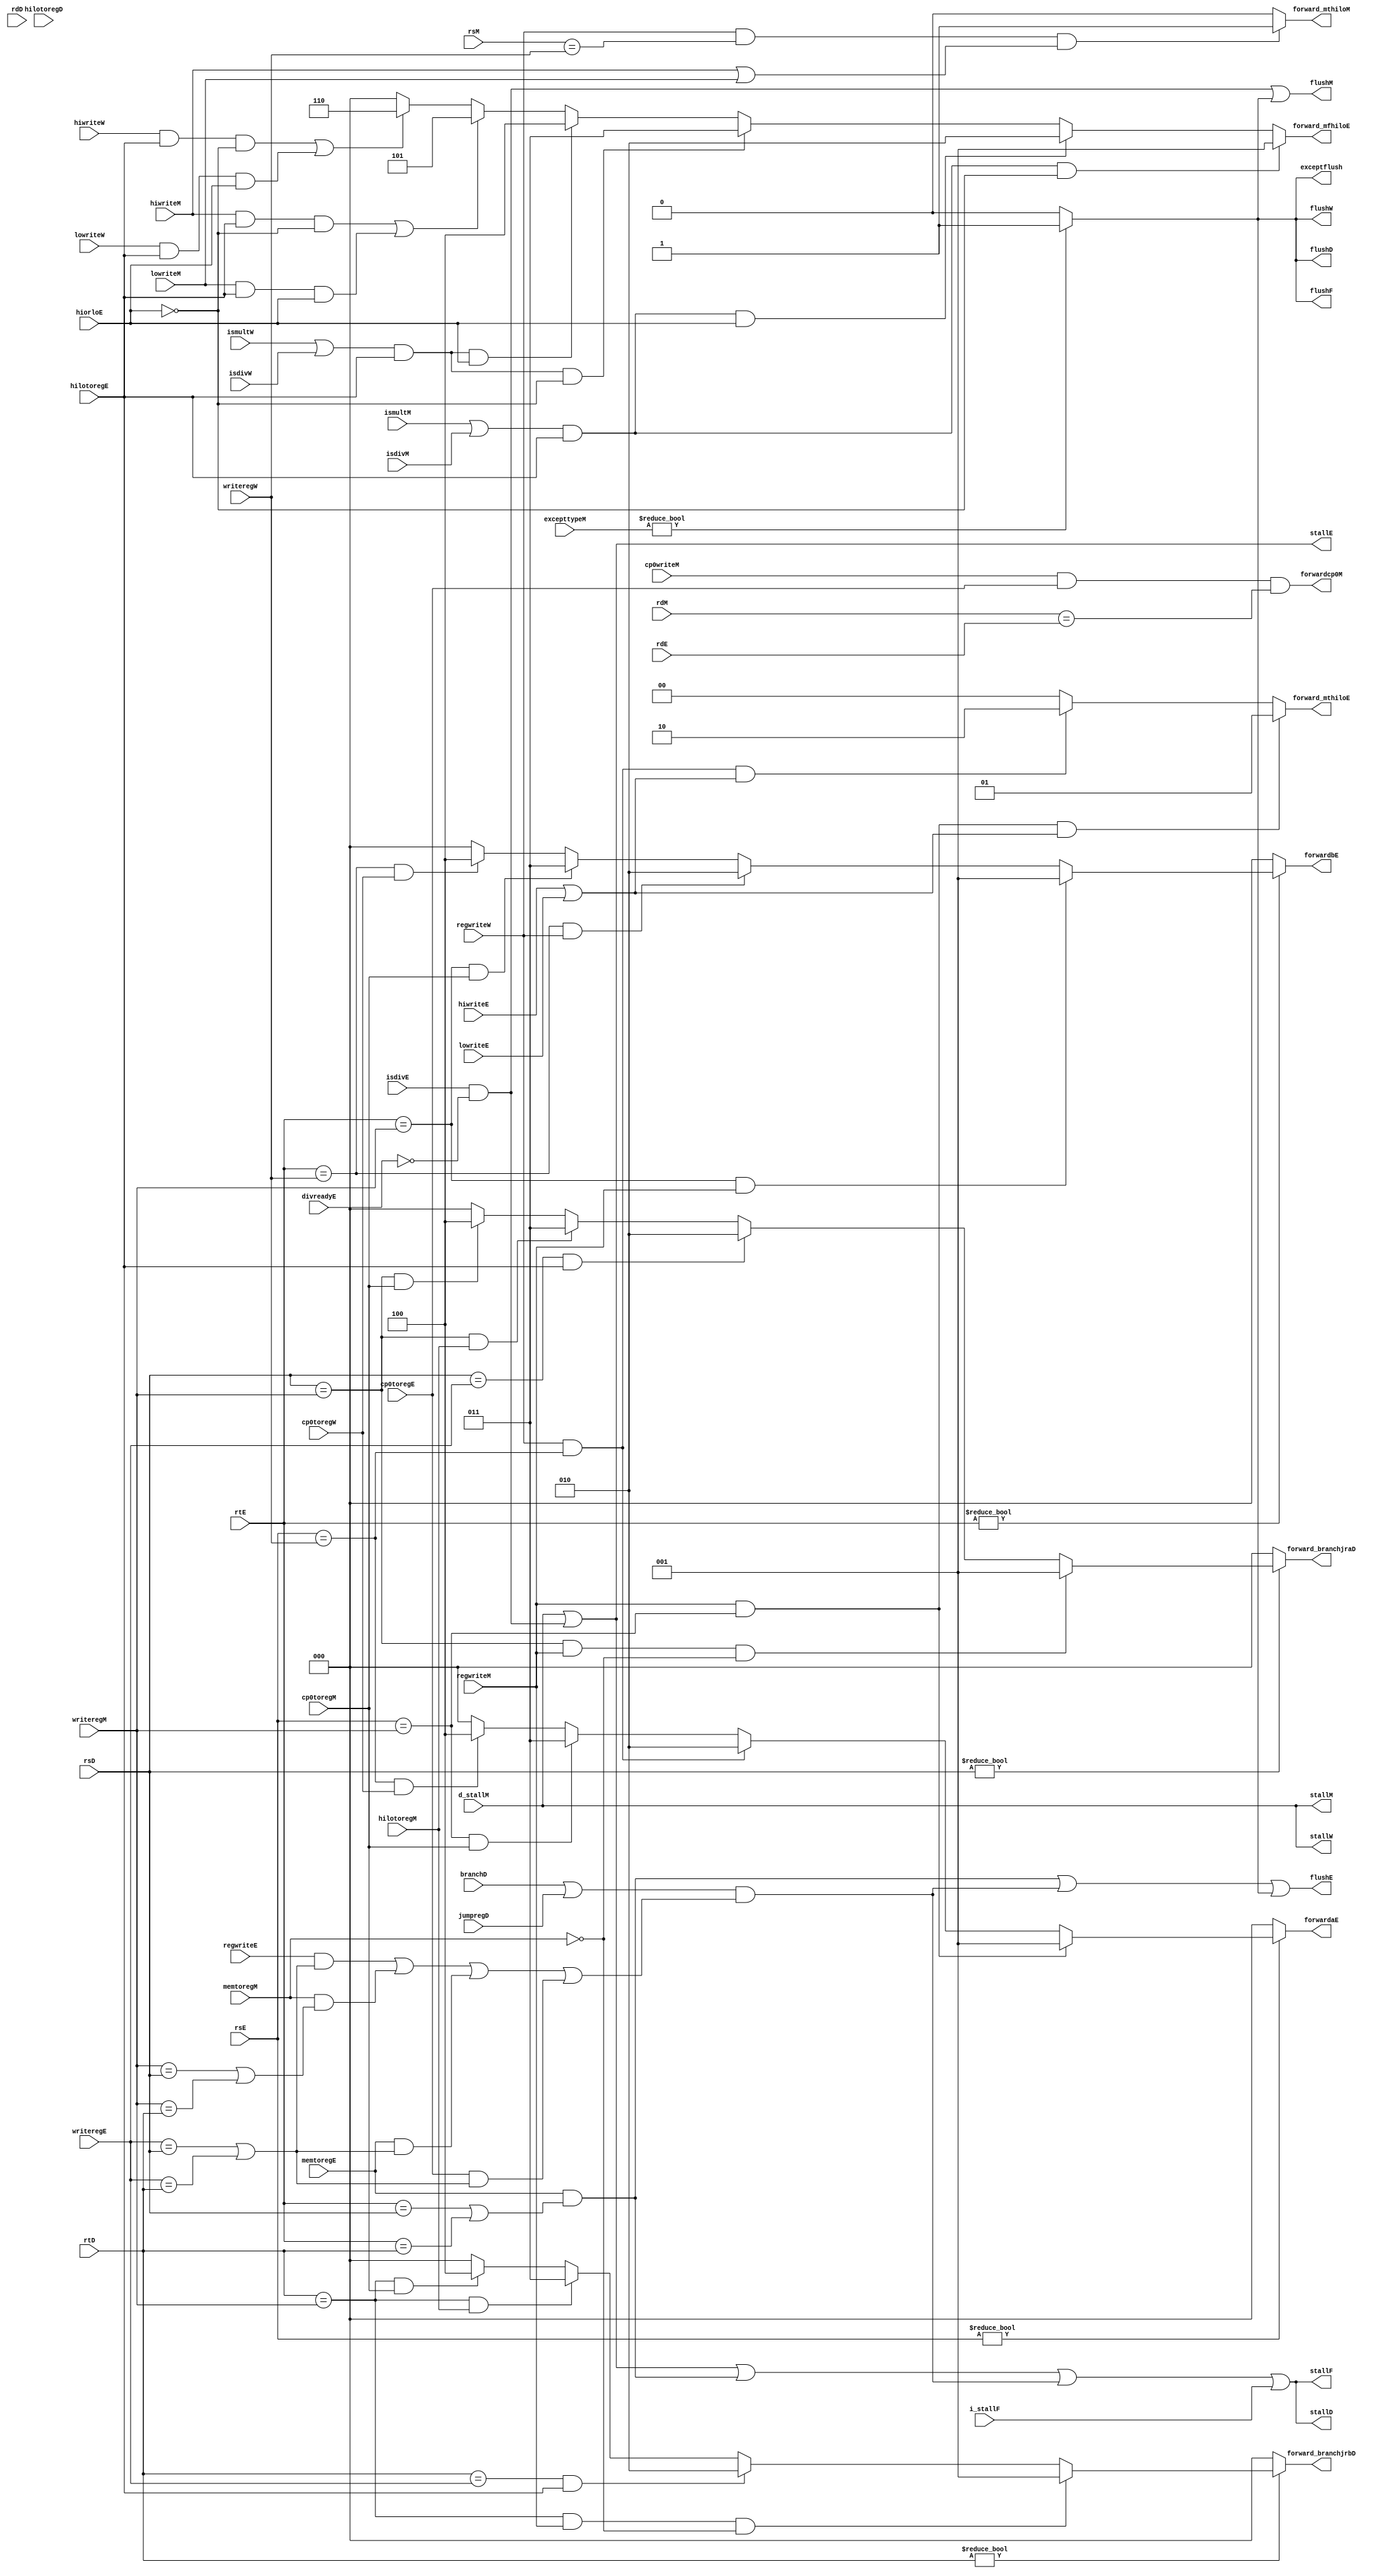
module hazard(
	// IF
	input	wire		i_stallF,
	output 	wire 		stallF, flushF,
	// ID
	input 	wire[4:0] 	rsD, rtD, rdD,
	input 	wire 		branchD, jumpregD,
	input	wire		hilotoregD,
	output 	reg	[2:0]	forward_branchjraD, forward_branchjrbD, 
	output 	wire 		stallD, flushD,
	// EX
	input 	wire[4:0] 	rsE, rtE, rdE,
	input 	wire[4:0] 	writeregE,
	input 	wire 		regwriteE, memtoregE,
	input	wire		isdivE, divreadyE,
	input	wire		hilotoregE, hiorloE, hiwriteE, lowriteE,
	input	wire		cp0toregE,
	output 	reg [2:0] 	forwardaE, forwardbE,
	output	reg [2:0]	forward_mfhiloE,
	output	reg [1:0]	forward_mthiloE,
	output 	wire 		stallE, flushE,
	// ME
	input	wire		d_stallM,
	input	wire[4:0]	rsM, rdM,
	input 	wire[4:0] 	writeregM,
	input 	wire 		regwriteM, memtoregM,
	input	wire		ismultM, isdivM,
	input	wire		hilotoregM, hiwriteM, lowriteM,
	input	wire		cp0toregM, cp0writeM,
	input	wire[31:0]	excepttypeM,
	output	reg			forward_mthiloM,
	output	wire		forwardcp0M,
	output	wire		stallM, flushM,
	// WB
	input 	wire[4:0] 	writeregW,
	input 	wire 		regwriteW,
	input	wire		ismultW, isdivW,
	input	wire		hiwriteW, lowriteW,
	input	wire		cp0toregW,
	output	wire		stallW, flushW,
	// except
	output	wire		exceptflush
    );

	wire 				lwstallD, branchjrstallD, mfhistallD, divstallE;
	
	// 1. ALU 的 RAW 数据冒险
		// (1) ADD, ADD/LW -- aluoutM (ME --> EX)
		//     ADD:    IF ID EX ME WB
		//     ADD/LW:    IF ID EX ME WB
		
		// (2) ADD/LW, x, ADD/LW -- resultW (WB --> EX)
		//     ADD/LW: IF ID EX ME WB
		//     x:         IF ID EX ME WB
		//     ADD/LW:       IF ID EX ME WB

		// (3) LW, ADD/LW -- lwstallD
		//     LW:     IF ID EX ME WB
		//     ADD/LW:    IF x  ID EX ME WB

		// (4) MFC0, ADD/LW -- cp0data2M (ME --> EX)
		//     MFC0:   IF ID EX ME WB
		//     ADD/LW:    IF ID EX ME WB

		// (5) MFC0, x, ADD/LW -- cp0data2W (WB --> EX)
		//     MFC0:   IF ID EX ME WB
		//     x:         IF ID EX ME WB
		//     ADD/LW:       IF ID EX ME WB
	always @(*) begin
		forwardaE = 3'b000;
		forwardbE = 3'b000;
		if (rsE != 0) begin
			if (rsE == writeregM & regwriteM) begin
				forwardaE = 3'b001;  // aluoutM
			end 
			else if (rsE == writeregW & regwriteW) begin
				forwardaE = 3'b010;  // resultW
			end
			else if (rsE == writeregM & cp0toregM) begin
				forwardaE = 3'b011;  // cp0data2M
			end
			else if (rsE == writeregW & cp0toregW) begin
				forwardaE = 3'b100;  // cp0data2W
			end
			else begin
				forwardaE = 3'b000;  // srcaE
			end
		end 
		if (rtE != 0) begin
			if (rtE == writeregM & regwriteM) begin
				forwardbE = 3'b001;  // aluoutM
			end 
			else if (rtE == writeregW & regwriteW) begin
				forwardbE = 3'b010;  // resultW
			end
			else if (rtE == writeregM & cp0toregM) begin
				forwardbE = 3'b011;  // cp0data2M
			end
			else if (rtE == writeregW & cp0toregW) begin
				forwardbE = 3'b100;  // cp0data2W
			end
			else begin
				forwardbE = 3'b000;  // srcbE
			end
		end
	end

	assign lwstallD = memtoregE & (rtE == rsD | rtE == rtD);

	// 2. eqcmp 与 JR 的 RAW 数据冒险
		// (1) ADD, x, BEQ/JR -- aluoutM (ME --> ID)
		//     ADD:    IF ID EX ME WB
		//     x:         IF ID EX ME WB
		//     BEQ/JR:       IF ID EX ME WB

		// (2) ADD, BEQ/JR -- branchjrstallD
		//     ADD:    IF ID EX ME WB
		//     BEQ/JR:    IF x  ID EX ME WB

		// (3) LW, x, BEQ/JR -- branchjrstallD
		//     LW:     IF ID EX ME WB
		//     x:         IF ID EX ME WB
		//     BEQ/JR:       IF x  ID EX ME WB

		// (4) LW, BEQ/JR -- branchjrstallD
		//     LW:     IF ID EX ME WB
		//     BEQ/JR:    IF x  x  ID EX ME WB

		// (5) MFHI, BEQ/JR -- hiloresultbE (EX --> ID)
		//     MFHI:   IF ID EX ME WB
		//     BEQ/JR:    IF ID EX ME WB

		// (6) MFHI, x, BEQ/JR -- hiloresultbM (ME --> ID)
		//     MFHI:   IF ID EX ME WB
		//     x:         IF ID EX ME WB
		//     BEQ/JR:       IF ID EX ME WB

		// (7) MFC0, x, BEQ/JR -- cp0data2M (ME --> ID)
		//     MFC0:   IF ID EX ME WB
		//     x:         IF ID EX ME WB
		//     BEQ/JR:       IF ID EX ME WB

		// (8) MFC0, BEQ/JR -- branchjrstallD
		//     MFC0:   IF ID EX ME WB
		//     BEQ/JR:    IF x  ID EX ME WB
	always @(*) begin
		forward_branchjraD = 3'b000;
		forward_branchjrbD = 3'b000;
		if (rsD != 0) begin
			if (rsD == writeregM & regwriteM & ~memtoregM) begin
				forward_branchjraD = 3'b001;  // aluoutM
			end
			else if (rsD == writeregE & hilotoregE) begin
				forward_branchjraD = 3'b010;  // hiloresultbE
			end
			else if (rsD == writeregM & hilotoregM) begin
				forward_branchjraD = 3'b011;  // hiloresultbM
			end
			else if (rsD == writeregM & cp0toregM) begin
				forward_branchjraD = 3'b100;  // cp0data2M
			end
			else begin
				forward_branchjraD = 3'b000;  // srcaD
			end
		end
		if (rtD != 0) begin
			if (rtD == writeregM & regwriteM & ~memtoregM) begin
				forward_branchjrbD = 3'b001;  // aluoutM
			end
			else if (rtD == writeregE & hilotoregE) begin
				forward_branchjrbD = 3'b010;  // hiloresultbE
			end
			else if (rtD == writeregM & hilotoregM) begin
				forward_branchjrbD = 3'b011;  // hiloresultbM
			end
			else if (rtD == writeregM & cp0toregM) begin
				forward_branchjrbD = 3'b100;  // cp0data2M
			end
			else begin
				forward_branchjrbD = 3'b000;  // srcbD
			end
		end
	end

	assign branchjrstallD = (
		(branchD | jumpregD) & (
			(regwriteE & (writeregE == rsD | writeregE == rtD)) |
			(memtoregM & (writeregM == rsD | writeregM == rtD)) |
			(memtoregE & (writeregE == rsD | writeregE == rtD)) |
			(cp0toregE & (writeregE == rsD | writeregE == rtD))
		)
	);

	// 4. MFHI 的数据冒险
		// (1) DIV, MFHI -- multdivresultM (ME --> EX)
		//     DIV:  IF ID EX ME WB
		//     MFHI:    IF ID EX ME WB

		// (2) DIV, x, MFHI -- multdivresultW (WB --> EX)
		//     DIV:  IF ID EX ME WB
		//     x:       IF ID EX ME WB
		//     MFHI:       IF ID EX ME WB

		// (3) MTHI, MFHI -- src_mthiloM (ME --> EX)
		//     MTHI: IF ID EX ME WB
		//     MFHI:    IF ID EX ME WB

		// (4) MTHI, x, MFHI -- src_mthiloW (WB --> EX)
		//     MTHI: IF ID EX ME WB
		//     x:       IF ID EX ME WB
		//     MFHI:       IF ID EX ME WB

		// (5) ADD/LW, x, MFHI -- mfhistallD
		//     ADD/LW: IF ID EX ME WB 
		//     x:         IF ID EX ME WB
		//     MFHI:         IF x  ID EX ME WB

		// (6) ADD/LW, MFHI -- mfhistallD
		//     ADD/LW: IF ID EX ME WB -- mfhistallD
		//     MFHI:      IF x  x  ID EX ME WB
	always @(*) begin
		forward_mfhiloE = 3'b000;
		if ((ismultM | isdivM) & hilotoregE & ~hiorloE) begin
			forward_mfhiloE = 3'b001;  // multdivresultM 高 32 位
		end
		else if ((ismultM | isdivM) & hilotoregE & hiorloE) begin
			forward_mfhiloE = 3'b010;  // multdivresultM 低 32 位
		end
		else if ((ismultW | isdivW) & hilotoregE & ~hiorloE) begin
			forward_mfhiloE = 3'b011;  // multdivresultW 高 32 位
		end
		else if ((ismultW | isdivW) & hilotoregE & hiorloE) begin
			forward_mfhiloE = 3'b100;  // multdivresultW 低 32 位
		end
		else if ((hiwriteM & hilotoregE & ~hiorloE) | (lowriteM & hilotoregE & hiorloE)) begin
			forward_mfhiloE = 3'b101;  // src_mthiloM
		end
		else if ((hiwriteW & hilotoregE & ~hiorloE) | (lowriteW & hilotoregE & hiorloE)) begin
			forward_mfhiloE = 3'b110;  // src_mthiloW
		end
		else begin
			forward_mfhiloE = 3'b000;  // hiloresultaE
		end
	end

	// assign mfhistallD = hilotoregD & (regwriteM | regwriteE) & (~isdivE);
	assign mfhistallD = 1'b0;

	// 5. MTHI 的数据冒险
		// (1) ADD, MTHI -- aluoutM (ME --> EX)
		//     ADD:  IF ID EX ME WB
		//     MTHI:    IF ID EX ME WB

		// (2) ADD, x, MTHI -- resultW (WB --> EX)
		//     ADD:  IF ID EX ME WB
		//     x:       IF ID EX ME WB
		//     MTHI:       IF ID EX ME WB

		// (3) LW, MTHI -- resultW (WB --> ME)
		//     LW:   IF ID EX ME WB
		//     MTHI:    IF ID EX ME WB

		// (4) LW, x, MTHI -- resultW (WB --> EX)
		//     LW:   IF ID EX ME WB
		//     x:       IF ID EX ME WB
		//     MTHI:       IF ID EX ME WB
	always @(*) begin
		forward_mthiloE = 2'b00;
		if (regwriteM & rsE == writeregM & (hiwriteE | lowriteE)) begin
			forward_mthiloE = 2'b01;  // aluoutM
		end
		else if (regwriteW & rsE == writeregW & (hiwriteE | lowriteE)) begin
			forward_mthiloE = 2'b10;  // resultW
		end
		else begin
			forward_mthiloE = 2'b00;  // srcaE
		end
	end

	always @(*) begin
		forward_mthiloM = 1'b0;
		if (regwriteW & rsM == writeregW & (hiwriteM | lowriteM)) begin
			forward_mthiloM = 1'b1;  // resultW
		end
		else begin
			forward_mthiloM = 1'b0;  // srcaM
		end
	end

	// 6. CP0 的数据冒险
		// (1) MTC0, MFC0 -- writedataM (ME --> EX)
		//     MTC0: IF ID EX ME WB
		//     MFC0:    IF ID EX ME WB
	assign forwardcp0M = cp0writeM & cp0toregE & rdM == rdE;


	// 除法器工作流水线暂停
	assign divstallE = isdivE & ~divreadyE;

	// 触发例外流水线刷新
	assign exceptflush = (excepttypeM != 0) ? 1'b1 : 1'b0;
	
	// stall: 流水线暂停, 寄存器中的值保持不变
	assign stallF = stallD;
	assign stallD = stallE | lwstallD | branchjrstallD | mfhistallD | i_stallF;
	assign stallE = stallM | divstallE;
	assign stallM = stallW;
	assign stallW = d_stallM;

	// flush: 流水线刷新, 寄存器中的值清零
	assign flushF = exceptflush;
	assign flushD = exceptflush;
	assign flushE = lwstallD | branchjrstallD | mfhistallD | exceptflush;
	assign flushM = divstallE | exceptflush;
	assign flushW = exceptflush;
	
endmodule